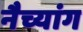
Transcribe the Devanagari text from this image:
नैच्यांग